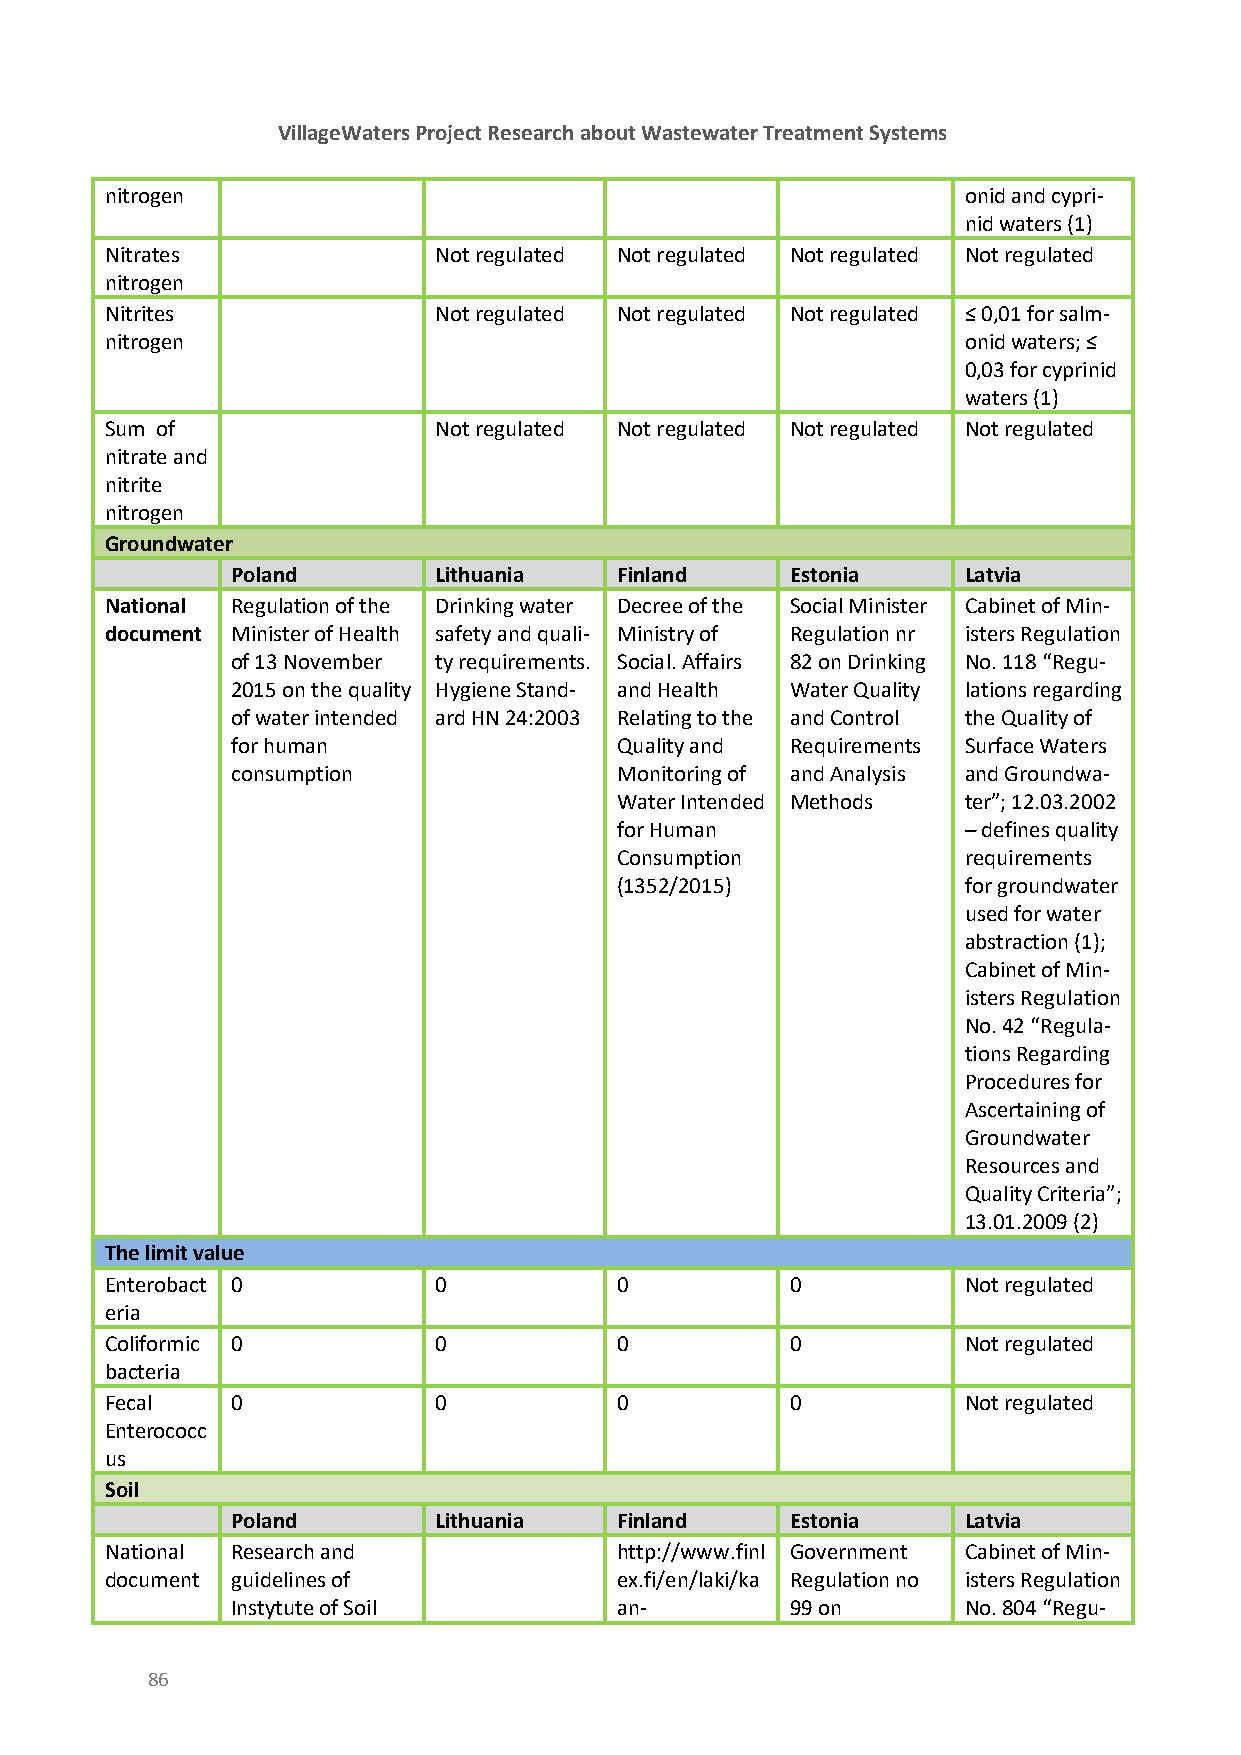
VillageWaters Project Research about Wastewater Treatment Systems
 nitrogen                                                 onid and cypri-
 nid waters (1)
 Nitrates              Not regulated Not regulated Not regulated Not regulated
 nitrogen
 Nitrites              Not regulated Not regulated Not regulated ≤ 0,01 for salm-
 nitrogen                                                 onid waters; ≤
 0,03 for cyprinid
 waters (1)
 Sum of                Not regulated Not regulated Not regulated Not regulated
 nitrate and
 nitrite
 nitrogen
 Groundwater
 Poland        Lithuania   Finland    Estonia     Latvia
 National Regulation of the Drinking water Decree of the Social Minister Cabinet of Min-
 document Minister of Health safety and quali- Ministry of Regulation nr isters Regulation
 of 13 November ty requirements. Social. Affairs 82 on Drinking No. 118 “Regu-
 2015 on the quality Hygiene Stand- and Health Water Quality lations regarding
 of water intended ard HN 24:2003 Relating to the and Control the Quality of
 for human                 Quality and Requirements Surface Waters
 consumption               Monitoring of and Analysis and Groundwa-
 Water Intended Methods ter”; 12.03.2002
 for Human              – defines quality
 Consumption            requirements
 (1352/2015)            for groundwater
 used for water
 abstraction (1);
 Cabinet of Min-
 isters Regulation
 No. 42 “Regula-
 tions Regarding
 Procedures for
 Ascertaining of
 Groundwater
 Resources and
 Quality Criteria”;
 13.01.2009 (2)
 The limit value
 Enterobact 0          0           0          0           Not regulated
 eria
 Coliformic 0          0           0          0           Not regulated
 bacteria
 Fecal   0             0           0          0           Not regulated
 Enterococc
 us
 Soil
 Poland        Lithuania   Finland    Estonia     Latvia
 National Research and             http://www.finl Government Cabinet of Min-
 document guidelines of            ex.fi/en/laki/ka Regulation no isters Regulation
 Instytute of Soil         an-        99 on       No. 804 “Regu-
 86